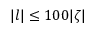
| l | \leq 1 0 0 | \zeta |